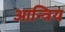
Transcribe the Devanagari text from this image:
आन्त्रिय